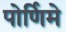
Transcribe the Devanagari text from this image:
पोर्णिमे